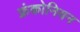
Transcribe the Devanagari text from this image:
फ्रंकोनियन